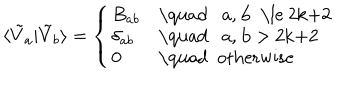
LaTeX: \langle \tilde { V } _ { a } | \tilde { V } _ { b } \rangle = \left\{ \left\{ \begin{cases} { { B _ { a b } } } & { { \quad a , b \le 2 k + 2 } } \\ { { \delta _ { a b } } } & { { \quad a , b > 2 k + 2 } } \\ { { 0 } } & { { \quad o t h e r w i s e } } \\ \end{cases} \right. \right.